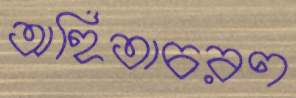
অহিতাচরণ